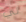
لي